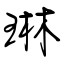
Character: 琳